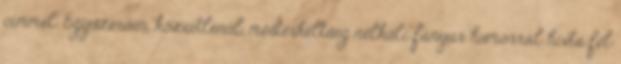
címmel. Egyszerűen, közvetlenül, mesterkéltség nélküli fanyar humorral hívta fel